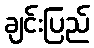
ချင်းပြည်